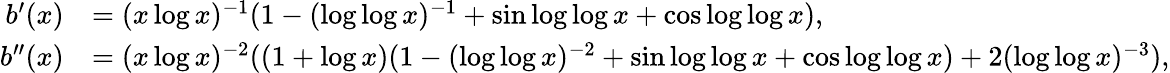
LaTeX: \begin{array}{rl}{b^{\prime}(x)}&{=(x\log x)^{-1}(1-(\log\log x)^{-1}+\sin\log\log x+\cos\log\log x),}\\ {b^{\prime\prime}(x)}&{=(x\log x)^{-2}((1+\log x)(1-(\log\log x)^{-2}+\sin\log\log x+\cos\log\log x)+2(\log\log x)^{-3}),}\end{array}